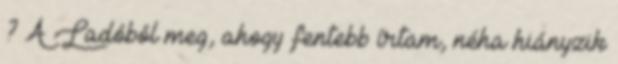
? A Ladóból meg, ahogy fentebb írtam, néha hiányzik